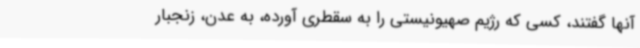
آنها گفتند، کسی که رژیم صهیونیستی را به سقطری آورده، به عدن، زنجبار